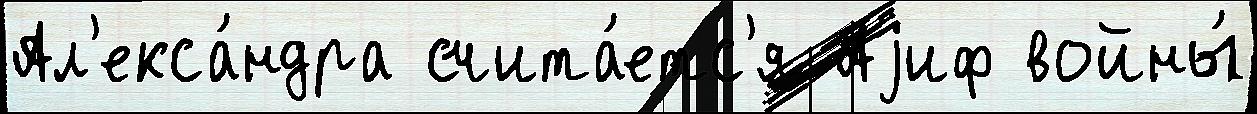
Ал'екса́ндра счита́етс'я Аjиф войны́